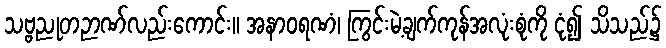
သဗ္ဗညုတဉာဏ်လည်းကောင်း။ အနာဝရဏံ၊ ကြွင်းမဲ့ချက်ကုန်အလုံးစုံကို ငုံ၍ သိသည်၌